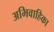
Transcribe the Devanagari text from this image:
अभिवाहिका